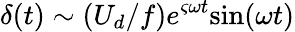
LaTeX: \delta(t)\sim(U_{d}/f)e^{\varsigma\omega t}\mathrm{sin}(\omega t)